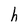
Character: h